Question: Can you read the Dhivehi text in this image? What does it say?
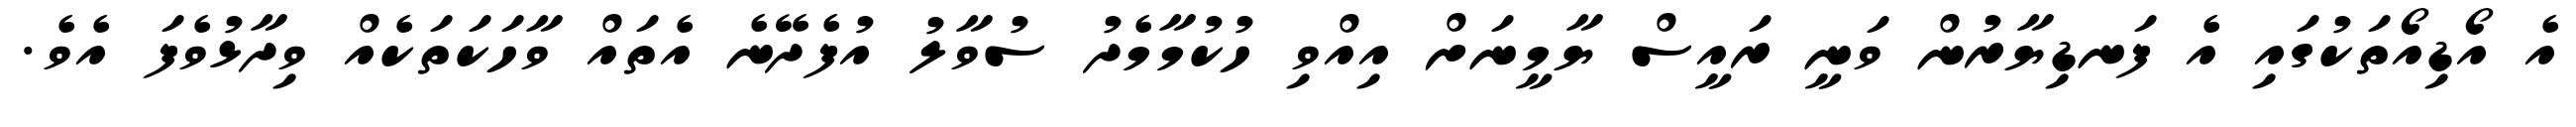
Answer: އެ އޯޑިއޯތަކުގައި އެ ފަނޑިޔާރުން ވަނީ ރައީސް ޔާމީނަށް އިއްވި ހުކުމާމެދު ސުވާލު އުފެދޭނެ އެތައް ވާހަކަތަކެއް ވިދާޅުވެފަ އެވެ.